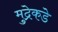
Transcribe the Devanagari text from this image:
मुद्रेकडे